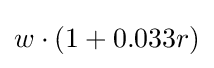
w\cdot (1+0.033r)